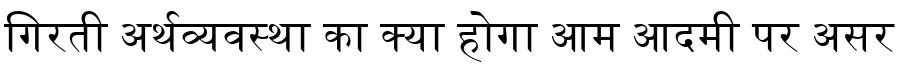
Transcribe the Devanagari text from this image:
गिरती अर्थव्यवस्था का क्या होगा आम आदमी पर असर